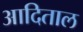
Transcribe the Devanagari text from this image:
आदिताल